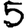
Digit: 5